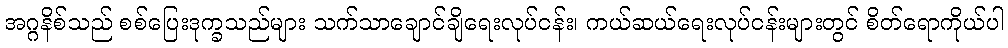
အဂ္ဂနိစ်သည် စစ်ပြေးဒုက္ခသည်များ သက်သာချောင်ချိရေးလုပ်ငန်း၊ ကယ်ဆယ်ရေးလုပ်ငန်းများတွင် စိတ်ရောကိုယ်ပါ